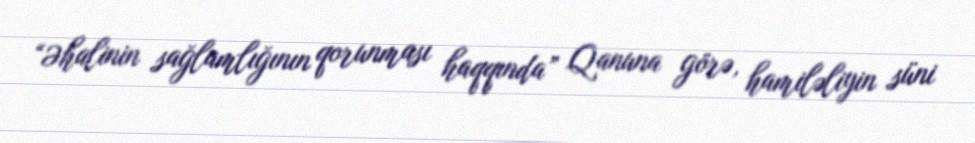
“Əhalinin sağlamlığının qorunması haqqında” Qanuna görə, hamiləliyin süni